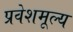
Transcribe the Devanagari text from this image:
प्रवेशमूल्य